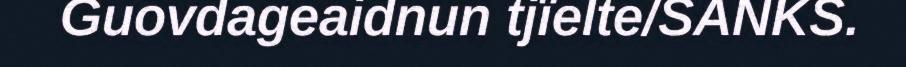
Guovdageaidnun tjïelte/SANKS.